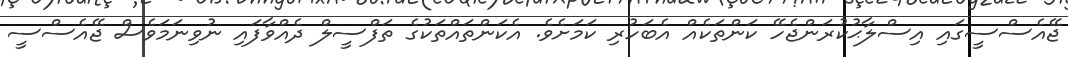
ޖޭއެސްސީގައި އިސްލާޙުކުރަންޖެހޭ ކަންތަކެއް އެބަހުރި ކަމަށެވެ. އެކަންތައްތަކުގެ ތަފްސީލް ދެއްވާފައި ނުވިނަމަވެސް ޖޭއެސްސީ